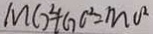
M G ^ { 2 } + G C ^ { 2 } = M O ^ { 2 }